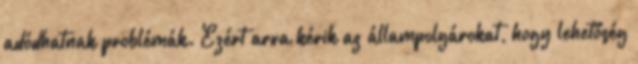
adódhatnak problémák. Ezért arra kérik az állampolgárokat, hogy lehetőség